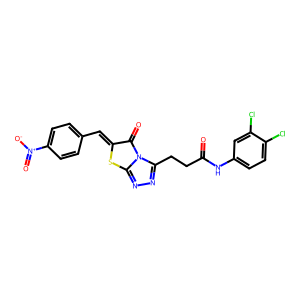
SMILES: O=C(CCc1nnc2sc(=Cc3ccc([N+](=O)[O-])cc3)c(=O)n12)Nc1ccc(Cl)c(Cl)c1
Inhibits HIV replication: No